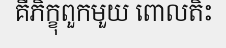
គឺភិក្ខុពួកមួយ ពោលតិះ